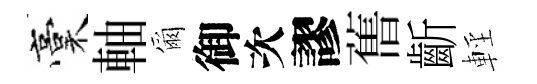
稾軸爾御次謬𦾔齗輕